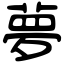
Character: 夢